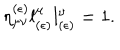
\eta _ { \mu \nu } ^ { ( \epsilon ) } l _ { ( \epsilon ) } ^ { \mu } l _ { ( \epsilon ) } ^ { \nu } = 1 .